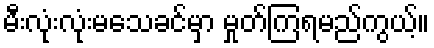
မီးလုံးလုံးမသေခင်မှာ မှုတ်ကြရမည်ကွယ့်။